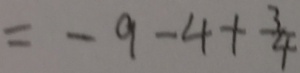
= - 9 - 4 + \frac { 3 } { 4 }